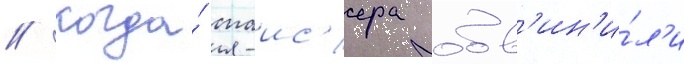
// Когда́ спаис'ера обв'ин'и́л'и